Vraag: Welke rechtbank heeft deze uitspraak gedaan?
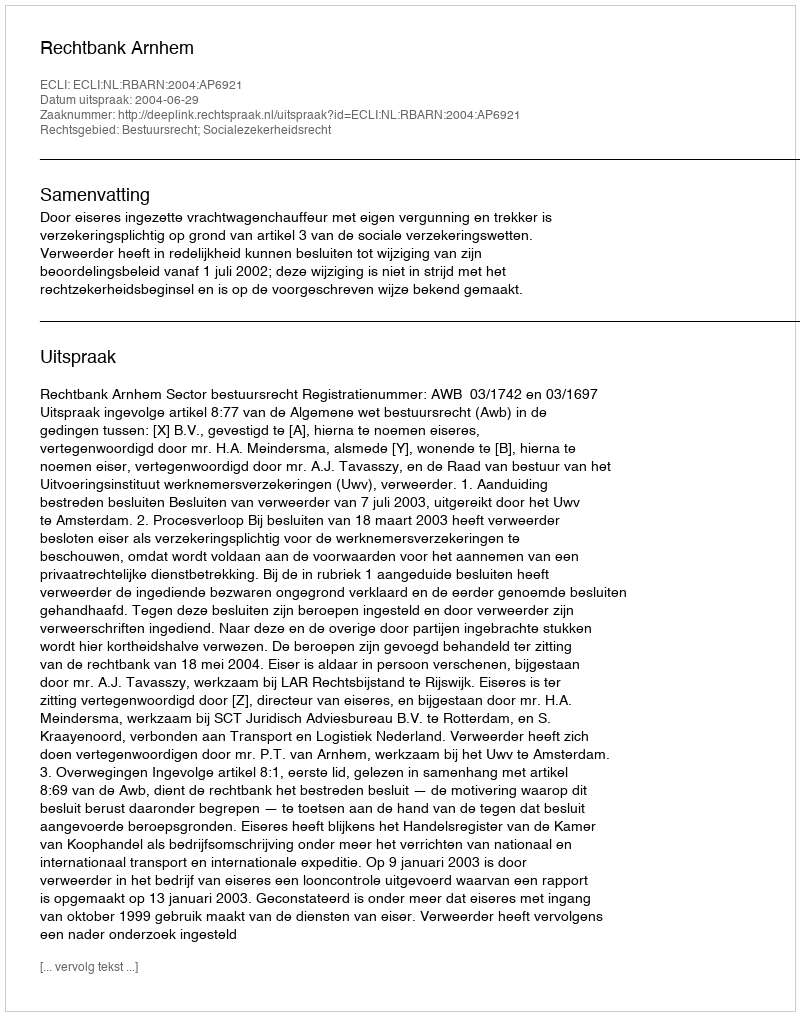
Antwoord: Rechtbank Arnhem